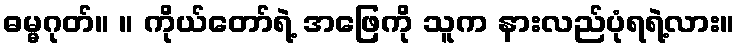
ဓမ္မဂုတ်။ ။ ကိုယ်တော်ရဲ့ အဖြေကို သူက နားလည်ပုံရရဲ့လား။